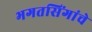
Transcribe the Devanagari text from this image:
भगतसिंगांचे